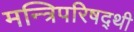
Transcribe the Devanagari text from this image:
मन्त्रिपरिषद्‍थी